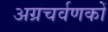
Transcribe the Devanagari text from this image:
अग्रचर्वणकों